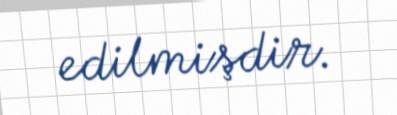
edilmişdir.